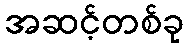
အဆင့်တစ်ခု